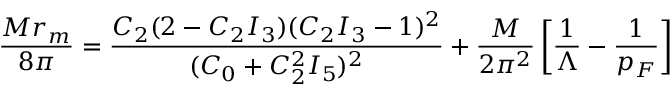
\frac { M r _ { m } } { 8 \pi } = \frac { C _ { 2 } ( 2 - C _ { 2 } I _ { 3 } ) ( C _ { 2 } I _ { 3 } - 1 ) ^ { 2 } } { ( C _ { 0 } + C _ { 2 } ^ { 2 } I _ { 5 } ) ^ { 2 } } + \frac { M } { 2 \pi ^ { 2 } } \left[ \frac { 1 } { \Lambda } - \frac { 1 } { p _ { F } } \right]